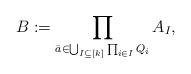
LaTeX: \begin{gather*}B := \prod_{\bar{a} \in \bigcup_{I \subseteq [k]} \prod_{i \in I} Q_i} A_I,\end{gather*}